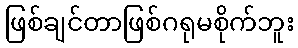
ဖြစ်ချင်တာဖြစ်ဂရုမစိုက်ဘူး